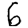
Digit: 6